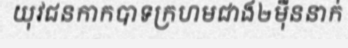
យុវជនកាកបាទក្រហមជាង២ម៉ឺននាក់